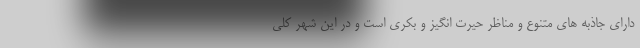
دارای جاذبه های متنوع و مناظر حيرت انگيز و بکری است و در اين شهر کلی